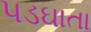
પડઘાતા